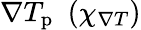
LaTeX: \nabla T_{\mathrm{p}}\, \, \left(\chi_{\nabla T}\right)